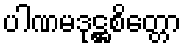
ပါဏမဒုဋ္ဌစိတ္တော